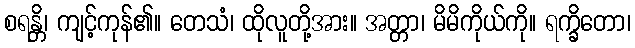
စရန္တိ၊ ကျင့်ကုန်၏။ တေသံ၊ ထိုလူတို့အား။ အတ္တာ၊ မိမိကိုယ်ကို။ ရက္ခိတော၊